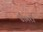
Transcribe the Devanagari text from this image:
डीगरी